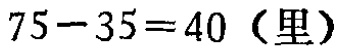
\(75 - 35 = 40 \text{（里）}\)